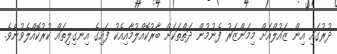
ދުރުގައި އިން ޒައުލްއަށް މިމަންޒަރު ފެނުމުން ދަތްތަކަށް ބާރުކޮއްލުމާއިއެކު ފައިގެ އިނގިލިތައް ކުރުކޮއްލެވުނެވެ.